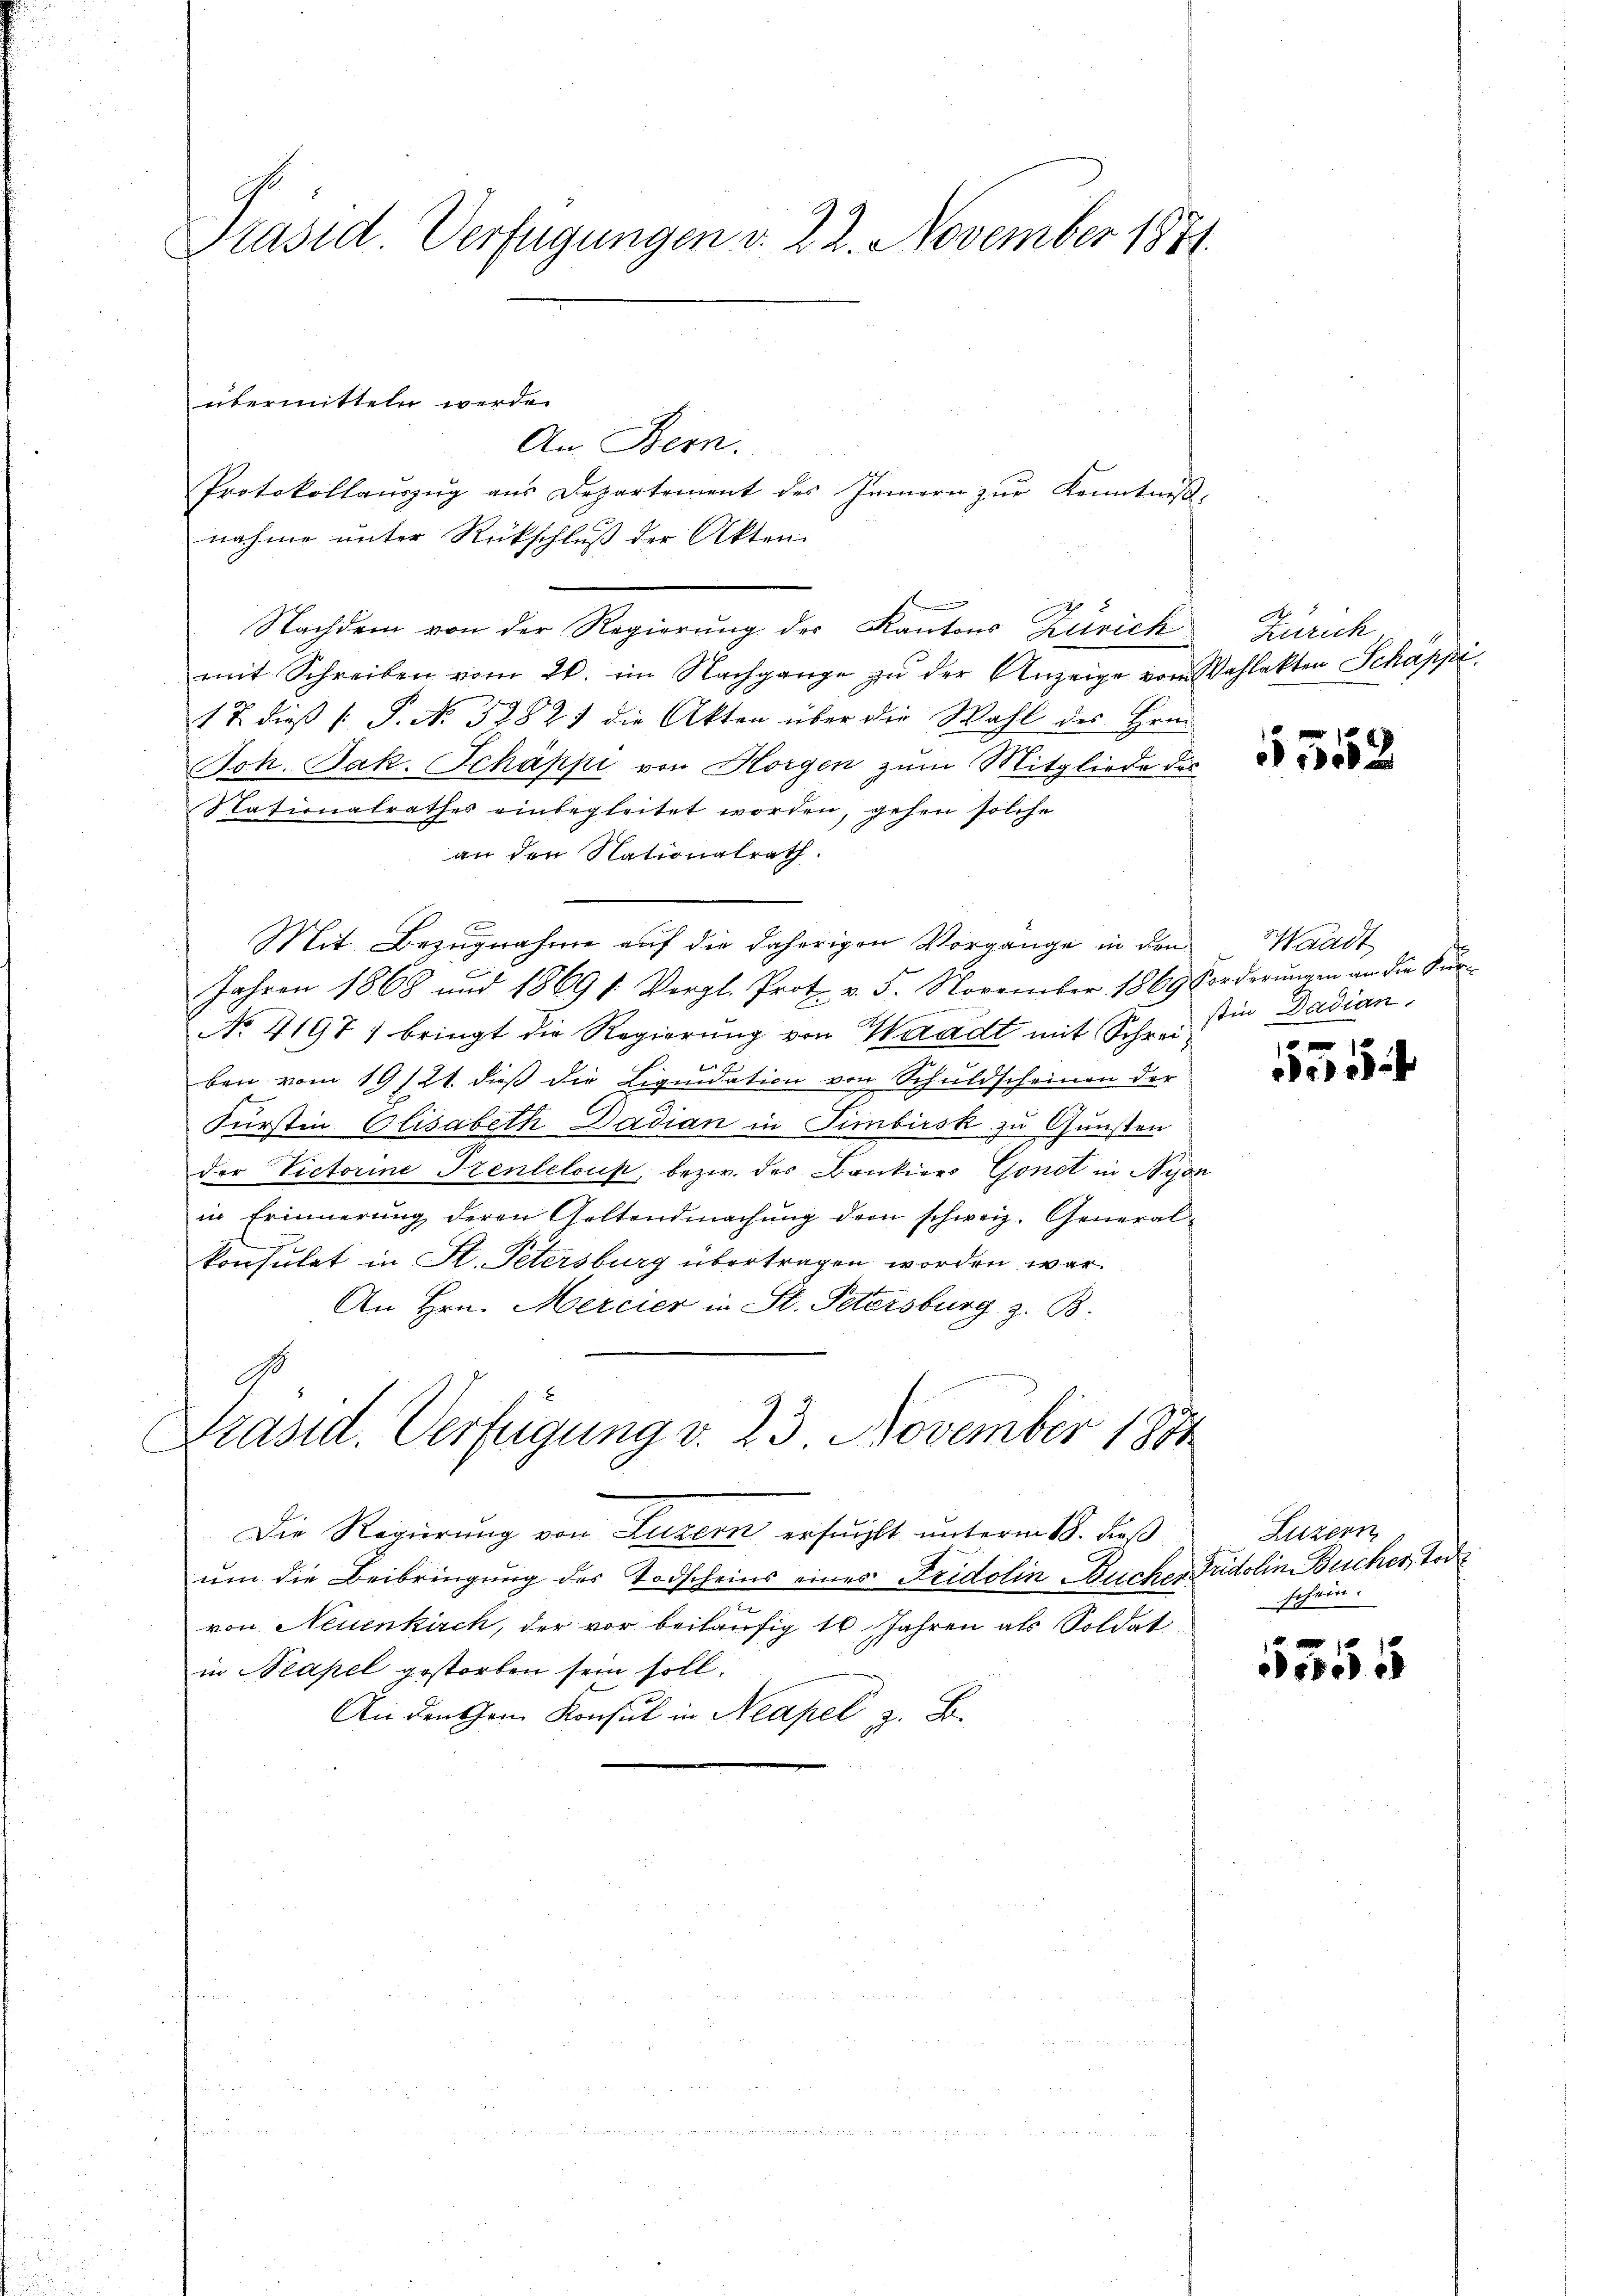
Präsid. Verfügungen d. 22. November 1881.

übermitteln werde.
An Bern.
Protokollaŭszŭg aŭs Departement des Innern zŭr Kenntnis-
nahme unter Rückschluß der Akten.
Nachdem von der Regierung der Kantons Zürich
mit Schreiben vom 20. im Nachgange zŭ der Anzeige vom Wahlakten Schäppi
1 T. dieß (: P. No. 5282) die Akten über die Wahl des Hrn.
Joh. Jak. Schäppi von Horgen zum Mitgliede des
Nationalrathes einbegleitet worden, gehen solche
an den Nationalrath.
Mit Bezugnahme auf die daherigen Vorgange in den
Jahren 1868 und 1869 f. Vergl. Prot. v. 5. November 1869 Forderŭngen an die Kŭr-
No. 41971 bringt die Regierung von Waadt mit Schrein Dadian
ben vom 19/21. dieß die Liquidation von Schuldscheinen der
Fürstin Elisabeth Dadian in Simbirsk zu Gunsten
der Victorine Trenteloup, bezw. des Bankiers Gonst in Byon
in Erinnerung deren Geltendmachŭng dem schweiz. General-
konsulat in St. Petersburg übertragen worden war.
An Hrn. Mercier in St. Petersburg z. B.
G
Präsid. Verfügung v. 23 November 1891
Die Regierung von Luzern ersucht unterm 18. dieß
ŭm die Beibringung des Todscheins eines Fridolin Bucher Fridolin Bücher, Tode
e
von Neuenkirch, der vor beiläufig 10 Jahren als Soldat
in Neapel gestorben sein soll.
An denschen Konsul in Neapel z. B.

Zürich

5552

Waadt

0
e

Luzern
schein.

1555